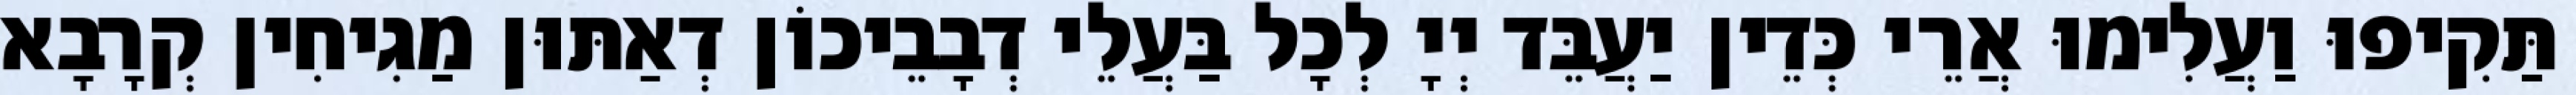
תַּקִיפוּ וַעֲלִימוּ אֲרֵי כְּדֵין יַעֲבֵּד יְיָ לְכָל בַּעֲלֵי דְבָבֵיכוֹן דְאַתּוּן מַגִיחִין קְרָבָא